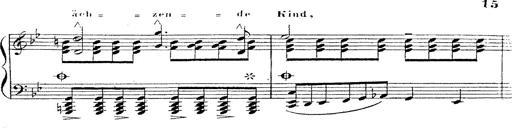
Title: 12 Lieder von Franz Schubert
Composer: Franz Liszt